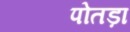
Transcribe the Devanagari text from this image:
पोतड़ा